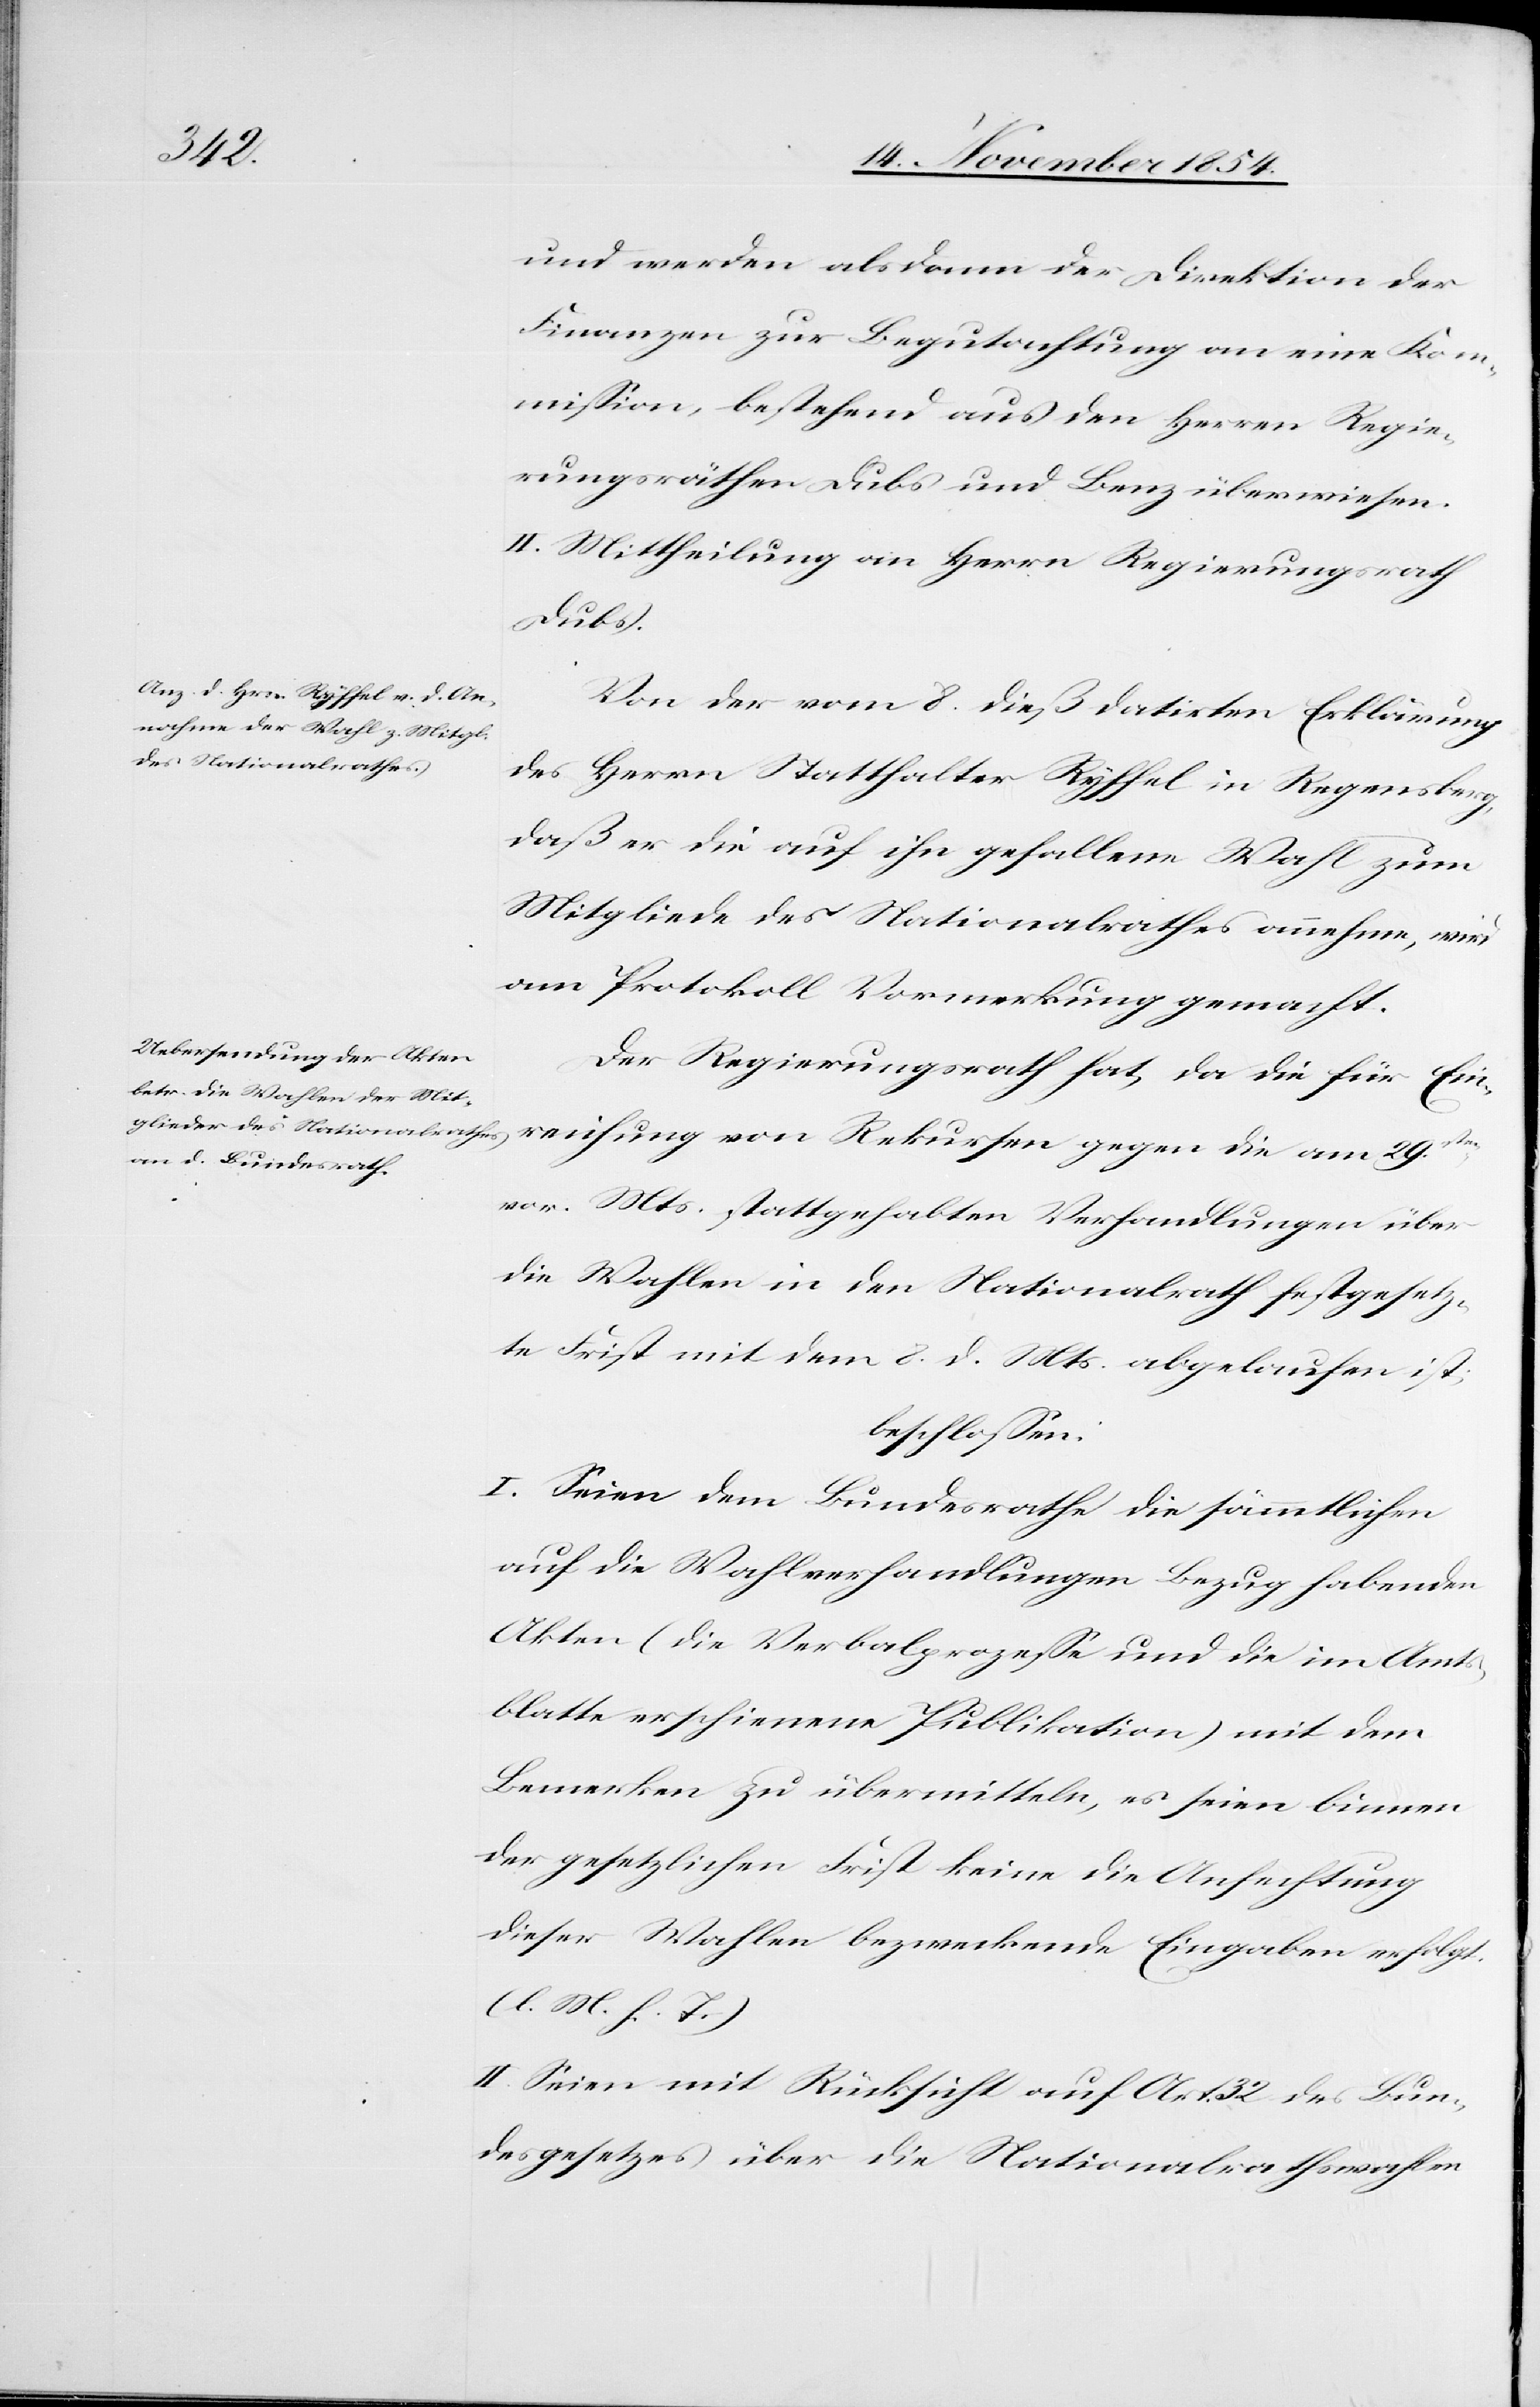
reichung
und werden alsdann der Direktion der
Finanzen zur Begutachtung an eine Kom¬
mißion, bestehend aus den Herren Regie¬
rungsräthen Dubs und Benz überwiesen.
II. Mittheilung an Herrn Regierungsrath
Dubs.
Von der vom 8. dieß datirten Erklärung
des Herrn Statthalter Ryffel in Regensberg,
daß er die auf ihn gefallene Wahl zum
Mitgliede des Nationalrathes annehme, wird
am Protokoll Vormerkung gemacht.
Der Regierungsrath hat, da die für Ein¬
vor. Mts. stattgehabten Verhandlungen über
die Wahlen in den Nationalrath festgesetz¬
te Frist mit dem 8. d. Mts. abgelaufen ist;
beschloßen:
I. Seien dem Bundesrathe die sämmtlichen
auf die Wahlverhandlungen Bezug habenden
Akten (die Verbalprozeße und die im Amt¬
sblatte erschienene Publikation) mit dem
Bemerken zu übermitteln, es seien binnen
der gesetzlichen Frist keine die Anfechtung
dieser Wahlen bezweckende Eingaben erfolgt.
(l. M. h. T.)
II. Seien mit Rücksicht auf Art. 32 des Bun¬
desgesetzes über die Nationalrathswahlen